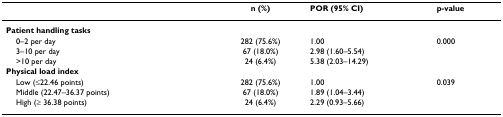
|  | n (%) | POR (95% CI) | p-value |
 | --- | --- | --- | --- |
 | Patient handling tasks |  |  |  |
 | 0–2 per day | 282 (75.6%) | 1.00 | 0.000 |
 | 3–10 per day | 67 (18.0%) | 2.98 (1.60–5.54) |  |
 | >10 per day | 24 (6.4%) | 5.38 (2.03–14.29) |  |
 | Physical load index |  |  |  |
 | Low (≤22.46 points) | 282 (75.6%) | 1.00 | 0.039 |
 | Middle (22.47–36.37 points) | 67 (18.0%) | 1.89 (1.04–3.44) |  |
 | High (≥ 36.38 points) | 24 (6.4%) | 2.29 (0.93–5.66) |  |